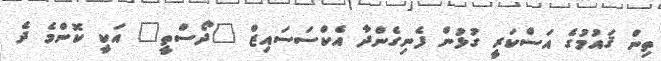
ތިން ޤައުމުގެ އަސްކަރީ ގުޅުން ފެނިގެންދާ އެކްސަސައިޒް "ދޯސްތީ" އަކީ ކޮންމެ ދެ